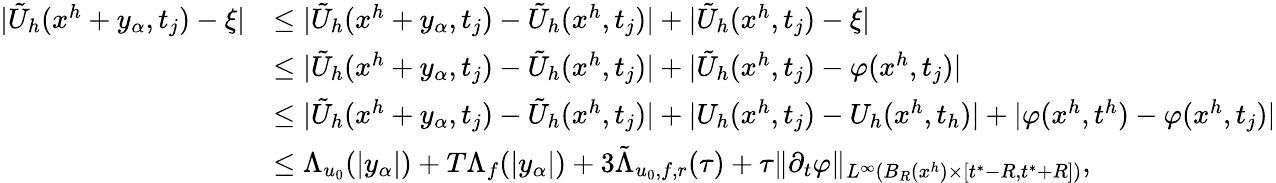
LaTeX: \begin{array}{rl}{|\tilde{U}_{h}(x^{h}+y_{\alpha},t_{j})-\xi|}&{\leq|\tilde{U}_{h}(x^{h}+y_{\alpha},t_{j})-\tilde{U}_{h}(x^{h},t_{j})|+|\tilde{U}_{h}(x^{h},t_{j})-\xi|}\\ &{\leq|\tilde{U}_{h}(x^{h}+y_{\alpha},t_{j})-\tilde{U}_{h}(x^{h},t_{j})|+|\tilde{U}_{h}(x^{h},t_{j})-\varphi(x^{h},t_{j})|}\\ &{\leq|\tilde{U}_{h}(x^{h}+y_{\alpha},t_{j})-\tilde{U}_{h}(x^{h},t_{j})|+|U_{h}(x^{h},t_{j})-U_{h}(x^{h},t_{h})|+|\varphi(x^{h},t^{h})-\varphi(x^{h},t_{j})|}\\ &{\leq\Lambda_{u_{0}}(|y_{\alpha}|)+T\Lambda_{f}(|y_{\alpha}|)+3\tilde{\Lambda}_{u_{0},f,r}(\tau)+\tau\| \partial_{t}\varphi\| _{L^{\infty}(B_{R}(x^{h})\times[t^{*}-R,t^{*}+R])},}\end{array}